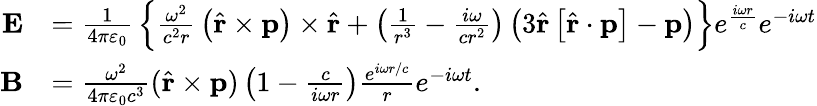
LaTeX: {\begin{array}{rl}{\mathbf{E}}&{={\frac{1}{4\pi\varepsilon_{0}}}\left\{ {\frac{\omega^{2}}{c^{2}r}}\left({\hat{\mathbf{r}}}\times\mathbf{p}\right)\times{\hat{\mathbf{r}}}+\left({\frac{1}{r^{3}}}-{\frac{i\omega}{cr^{2}}}\right)\left(3{\hat{\mathbf{r}}}\left[{\hat{\mathbf{r}}}\cdot\mathbf{p}\right]-\mathbf{p}\right)\right\} e^{\frac{i\omega r}{c}}e^{-i\omega t}}\\ {\mathbf{B}}&{={\frac{\omega^{2}}{4\pi\varepsilon_{0}c^{3}}}({\hat{\mathbf{r}}}\times\mathbf{p})\left(1-{\frac{c}{i\omega r}}\right){\frac{e^{i\omega r/c}}{r}}e^{-i\omega t}.}\end{array}}